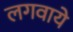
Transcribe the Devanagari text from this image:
लगवाये